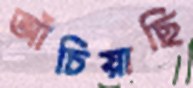
আঁচিয়াছি